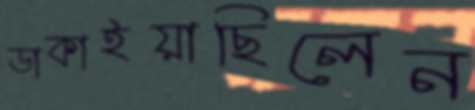
ডাকাইয়াছিলেন